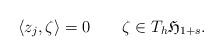
LaTeX: \begin{align*} \langle z_j,\zeta \rangle= 0 \qquad\zeta\in T_h\mathfrak{H}_{1+s}. \end{align*}